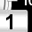
Digit: 1